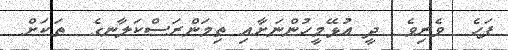
ފަހެ  ވެރިވެ  ދީ އުޅޭމީހުންނަށާއި ތިމަންރަސްކަލާނގެ  ތަކަށް